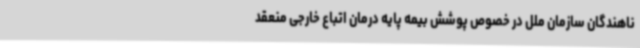
ناهندگان سازمان ملل در خصوص پوشش بیمه پایه درمان اتباع خارجی منعقد